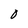
Character: O